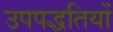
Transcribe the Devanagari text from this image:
उपपद्धतियों